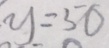
y = 5 0